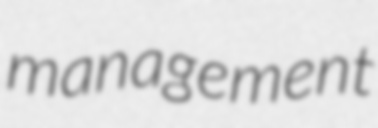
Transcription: management